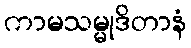
ကာမသမ္မုဒိတာနံ